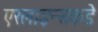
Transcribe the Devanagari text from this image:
एरलाइन्सकडे